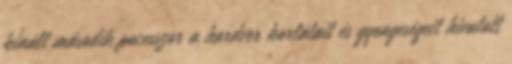
kínált második pocesszor a hardver korlátait és gyengeségeit hivatott